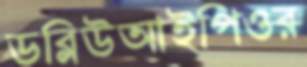
ডব্লিউআইপিওর